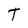
Character: O